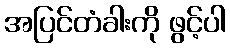
အပြင်တံခါးကို ဖွင့်ပါ